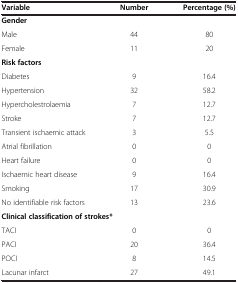
<table><thead><tr><td><b>Variable</b></td><td><b>Number</b></td><td><b>Percentage (%)</b></td></tr></thead><tbody><tr><td colspan="3"><b>Gender</b></td></tr><tr><td>Male</td><td>44</td><td>80</td></tr><tr><td>Female</td><td>11</td><td>20</td></tr><tr><td colspan="3"><b>Risk factors</b></td></tr><tr><td>Diabetes</td><td>9</td><td>16.4</td></tr><tr><td>Hypertension</td><td>32</td><td>58.2</td></tr><tr><td>Hypercholestrolaemia</td><td>7</td><td>12.7</td></tr><tr><td>Stroke</td><td>7</td><td>12.7</td></tr><tr><td>Transient ischaemic attack</td><td>3</td><td>5.5</td></tr><tr><td>Atrial fibrillation</td><td>0</td><td>0</td></tr><tr><td>Heart failure</td><td>0</td><td>0</td></tr><tr><td>Ischaemic heart disease</td><td>9</td><td>16.4</td></tr><tr><td>Smoking</td><td>17</td><td>30.9</td></tr><tr><td>No identifiable risk factors</td><td>13</td><td>23.6</td></tr><tr><td colspan="3"><b>Clinical classification of strokes*</b></td></tr><tr><td>TACI</td><td>0</td><td>0</td></tr><tr><td>PACI</td><td>20</td><td>36.4</td></tr><tr><td>POCI</td><td>8</td><td>14.5</td></tr><tr><td>Lacunar infarct</td><td>27</td><td>49.1</td></tr></tbody></table>